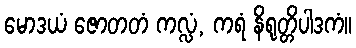
မောဒယံ ဇောတတံ ကလ္လံ, ကရံ နိရုတ္တိပါဒကံ။